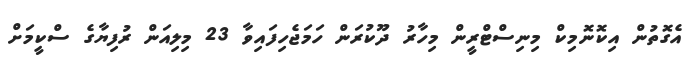
އެގޮތުން އިކޮނޮމިކް މިނިސްޓްރީން މިހާރު ދޫކުރަން ހަމަޖެހިފައިވާ 23 މިލިއަން ރުފިޔާގެ ސްކީމަށް